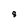
Character: 8